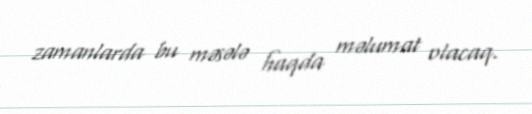
zamanlarda bu məsələ haqda məlumat olacaq.